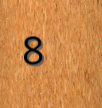
8